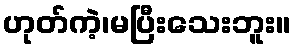
ဟုတ်ကဲ့၊မပြီးသေးဘူး။